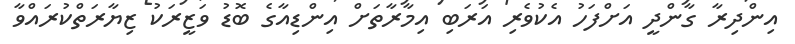
އިންދިރާ ގާންދީ އަށްފަހު އެކުވެރި އަރަބި އިމާރާތަށް އިންޑިއާގެ ބޮޑު ވަޒީރަކު ޒިޔާރަތްކުރައްވާ